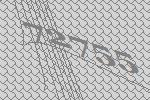
72755